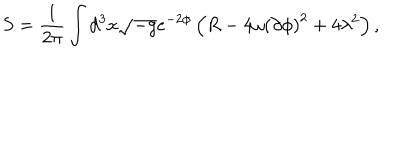
LaTeX: S = \frac { 1 } { 2 \pi } \int d ^ { 3 } x \sqrt { - g } e ^ { - 2 \phi } \left( R - 4 \omega \left( \partial \phi \right) ^ { 2 } + 4 \lambda ^ { 2 } \right) ,